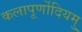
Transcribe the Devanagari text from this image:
कलापूर्णोदियमु